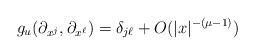
LaTeX: \begin{align*}g_u(\partial_{x^j}, \partial_{x^\ell}) = \delta_{j\ell} + O(|x|^{-(\mu - 1)})\end{align*}